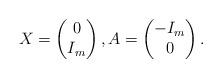
LaTeX: \begin{align*} X = \left( \begin{matrix} 0 \\ I_m \end{matrix} \right), A = \left( \begin{matrix} -I_m \\ 0 \end{matrix} \right).\end{align*}